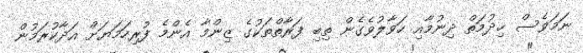
ނަމަވެސް ޚިދުމަތް ދިނުމާއި ހަވާލުވެގެން ތިބި ފަރާތްތަކުގެ ޒިންމާ އެންމެ ފުރިހަމަޔަށް އަދާކުރަމުން